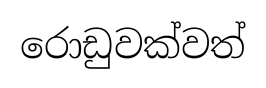
රොඩුවක්වත්